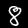
Digit: 8